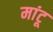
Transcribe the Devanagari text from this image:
मांटू